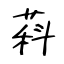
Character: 萪